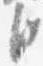
臣